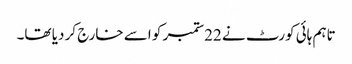
تاہم ہائی کورٹ نے 22ستمبر کو اسے خارج کر دیا تھا۔